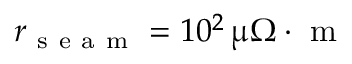
r _ { \mathrm { ~ s ~ e ~ a ~ m ~ } } = 1 0 ^ { 2 } \, \upmu \Omega \cdot \mathrm { ~ m ~ }